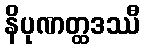
နိပုဏတ္ထဒဿီ